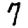
Digit: 7